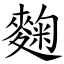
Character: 麴